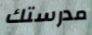
مدرستك